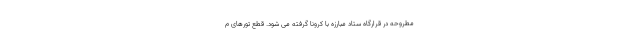
مطروحه در قرارگاه ستاد مبارزه با کرونا گرفته می شود. قطع تورهای م